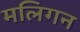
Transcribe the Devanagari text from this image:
मलिगन